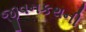
જીવનકથની